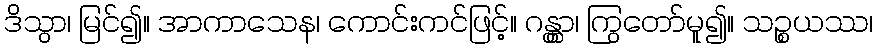
ဒိသွာ၊ မြင်၍။ အာကာသေန၊ ကောင်းကင်ဖြင့်။ ဂန္တွာ၊ ကြွတော်မူ၍။ သဉ္စယဿ၊